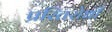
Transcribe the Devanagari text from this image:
प्ररितरोधी